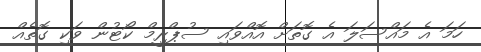
ހަމަ އެ މައްސަލަ އެ ގޮތަށް އޮއްވައި ސުޕްރީމް ކޯޓުން ވަކި ގޮތެއް